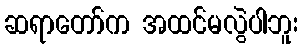
ဆရာတော်က အထင်မလွဲပါဘူး